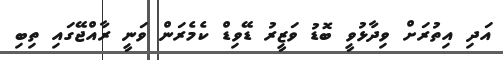
އަދި އިތުރަށް ވިދާޅުވީ ބޮޑު ވަޒީރު ޑޭވިޑް ކެމެރަން ވަނީ ރާއްޖޭގައި ތިބި